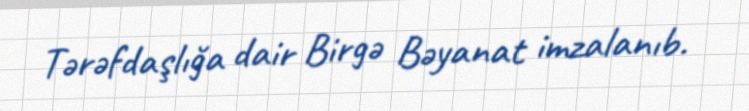
Tərəfdaşlığa dair Birgə Bəyanat imzalanıb.